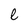
Character: l